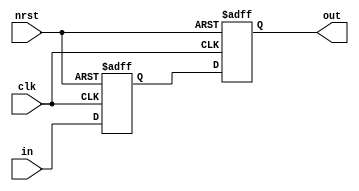
module t06_sync (
	in,
	clk,
	nrst,
	out
);
	reg _sv2v_0;
	input wire in;
	input wire clk;
	input wire nrst;
	output reg out;
	reg Q;
	reg Q1;
	reg Q_n;
	reg Q1_n;
	always @(*) begin
		if (_sv2v_0)
			;
		Q_n = in;
		Q1_n = Q;
	end
	always @(posedge clk or negedge nrst)
		if (~nrst) begin
			Q <= 1'b0;
			Q1 <= 1'b0;
		end
		else begin
			Q <= Q_n;
			Q1 <= Q1_n;
		end
	always @(*) begin
		if (_sv2v_0)
			;
		out = Q1;
	end
	initial _sv2v_0 = 0;
endmodule